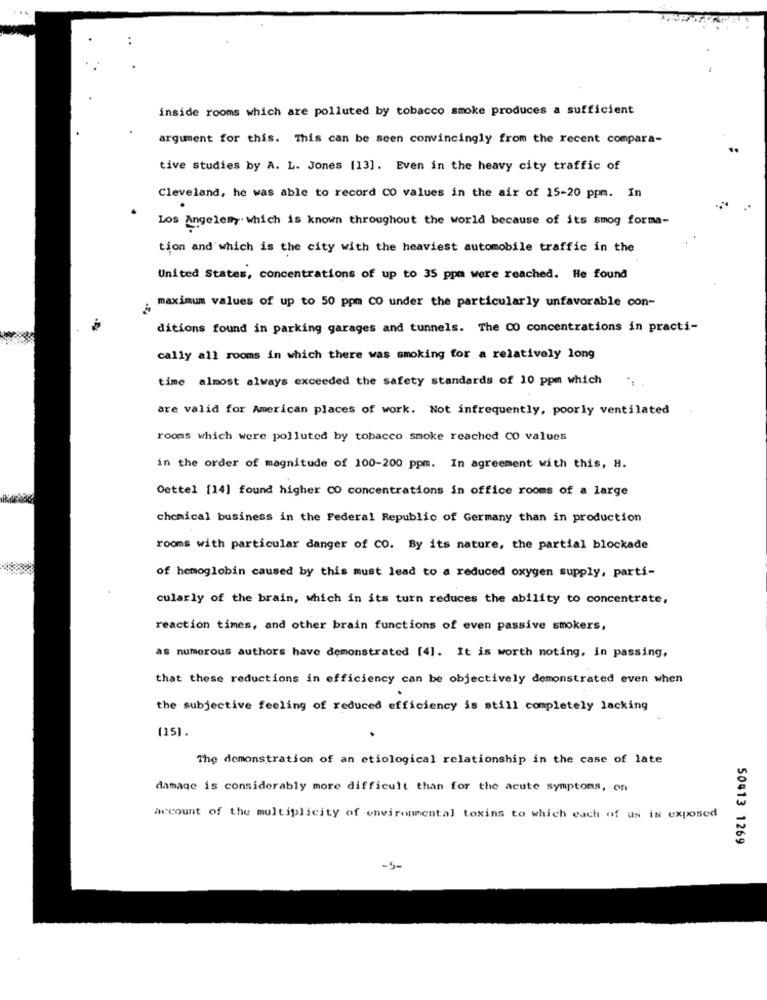
inside rooms which are polluted by tobacco smoke produces a sufficient
argument for this. This can be seen convincingly from the recent compara-
tive studies by A. L. Jones [13]. Even in the heavy city traffic of
Cleveland, he was able to record CO values in the air of 15-20 ppm. In
Los Angelesy which is known throughout the world because of its smog forma-
tion and which is the city with the heaviest automobile traffic in the
United States, concentrations of up to 35 ppm were reached. He found
; maximum values of up to 50 ppm CO under the particularly unfavorable con-
ditions found in parking garages and tunnels. The CO concentrations in practi-
cally all rooms in which there was smoking for a relatively long
time almost always exceeded the safety standards of 10 ppm which
are valid for American places of work. Not infrequently, poorly ventilated
rooms which were polluted by tobacco smoke reached CO values
in the order of magnitude of 100-200 ppm. In agreement with this, H.
Oettel [14] found higher CO concentrations in office rooms of a large
chemical business in the Federal Republic of Germany than in production
rooms with particular danger of CO. By its nature, the partial blockade
of hemoglobin caused by this must lead to a reduced oxygen supply, parti-
cularly of the brain, which in its turn reduces the ability to concentrate,
reaction times, and other brain functions of even passive smokers,
as numerous authors have demonstrated [4]. It is worth noting, in passing,
that these reductions in efficiency can be objectively demonstrated even when
the subjective feeling of reduced efficiency is still completely lacking
[15].
The demonstration of an etiological relationship in the case of late
damage is considerably more difficult than for the acute symptoms, on
account of the multiplicity of environmental toxins to which each of us is exposed
50413 1269
-5-